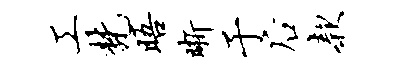
工梵晤晰于後款